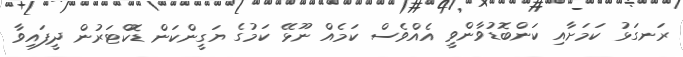
ރަނގަޅު ކަމަށާއި ކަންބޮޑުވާންވީ އެއްވެސް ކަމެއް ނޫޅޭ ކަމުގެ ޔަގީންކަން ޑޮކްޓަރުން ދީފައިވާ